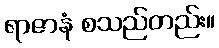
ရာဇာနံ စသည်တည်း။